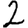
Digit: 2